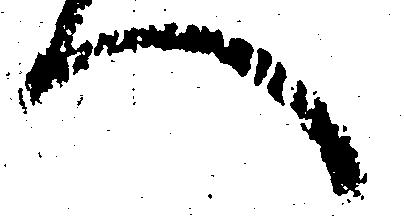
へ